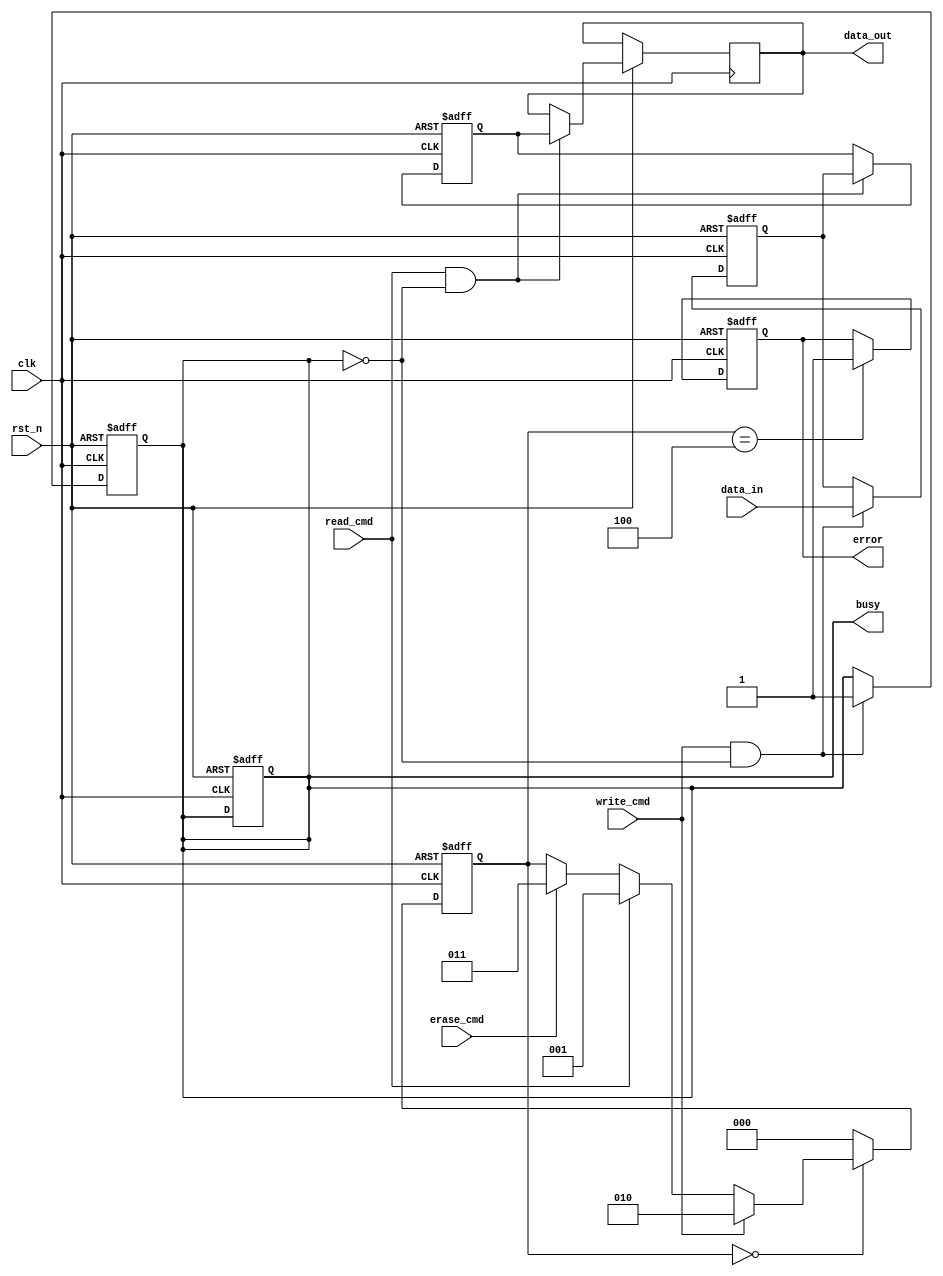
module tlc_nand_io_block (
    input wire clk,                  // System clock
    input wire rst_n,                // Active low reset
    input wire [7:0] data_in,        // Data input from external source
    input wire read_cmd,             // Read command signal
    input wire write_cmd,            // Write command signal
    input wire erase_cmd,            // Erase command signal
    output reg [7:0] data_out,       // Data output to external interface
    output reg busy,                 // Busy status signal
    output reg error,                // Error signal
    // Other control signals as needed
);

    // Internal signals
    reg [7:0] input_buffer;           // Input buffer
    reg [7:0] output_buffer;          // Output buffer
    reg [2:0] state;                  // State machine variable
    reg [7:0] status_reg;             // Status register

    // State machine definitions
    localparam IDLE         = 3'b000;
    localparam READ         = 3'b001;
    localparam WRITE        = 3'b010;
    localparam ERASE        = 3'b011;
    localparam ERROR_STATE  = 3'b100;

    // Input Buffer with EDC (Error Detection & Correction)
    always @(posedge clk or negedge rst_n) begin
        if (!rst_n) begin
            input_buffer <= 8'b0;
            busy <= 1'b0;
        end else if (write_cmd && !busy) begin
            input_buffer <= data_in; // Store incoming data
            busy <= 1'b1;
            // Include EDC logic here
        end
    end

    // Output Buffer with EDC
    always @(posedge clk or negedge rst_n) begin
        if (!rst_n) begin
            output_buffer <= 8'b0;
        end else if (read_cmd && !busy) begin
            // Read data from memory (simulated)
            output_buffer <= input_buffer; // Simulating read from NAND
            // Include EDC verification logic here
            data_out <= output_buffer;
        end
    end

    // Command Interface and State Machine
    always @(posedge clk or negedge rst_n) begin
        if (!rst_n) begin
            state <= IDLE;
            busy <= 1'b0;
            error <= 1'b0;
        end else begin
            case (state)
                IDLE: begin
                    if (write_cmd) begin
                        state <= WRITE;
                    end else if (read_cmd) begin
                        state <= READ;
                    end else if (erase_cmd) begin
                        state <= ERASE;
                    end
                end
                READ: begin
                    // Implement read operation logic
                    state <= IDLE;
                end
                WRITE: begin
                    // Implement write operation logic
                    state <= IDLE;
                end
                ERASE: begin
                    // Implement erase operation logic
                    state <= IDLE;
                end
                ERROR_STATE: begin
                    // Handle errors
                    error <= 1'b1;
                    state <= IDLE;
                end
                default: state <= IDLE;
            endcase
        end
    end

    // Timing control can be implemented as required based on the NAND flash timing specifications

    // Write/Erase Management and Power Management can be added here

    // Error Handling logic can be implemented here

endmodule